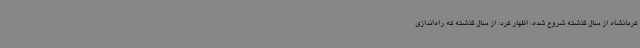
کرمانشاه از سال گذشته شروع شده، اظهار کرد: از سال گذشته که راه‌اندازی